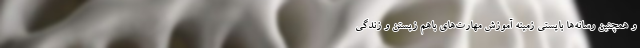
و همچنین رسانه‌ها بایستی زمینه آموزش‌ مهارت‌های باهم زیستن و زندگی